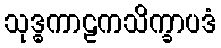
သုဒ္ဓကာဠကသိက္ခာပဒံ